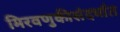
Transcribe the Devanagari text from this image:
मिरवणुकीसंदर्भात